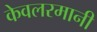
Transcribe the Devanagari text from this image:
केवलरमानी